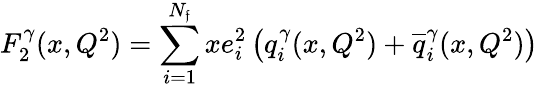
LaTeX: F_{2}^{\gamma}(x,Q^{2})=\sum_{i=1}^{N_{\mathfrak{f}}}xe_{i}^{2}\left(q_{i}^{\gamma}(x,Q^{2})+{\overline{{{{q}}}}}_{i}^{\gamma}(x,Q^{2})\right)